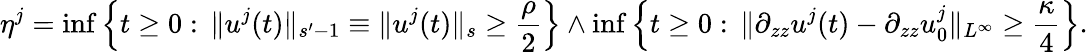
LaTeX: \eta^{j}=\operatorname*{inf}\left\lbrace t\geq 0:\, \| u^{j}(t)\| _{s^{\prime}-1}\equiv\| u^{j}(t)\| _{s}\geq\frac\rho 2\right\rbrace\wedge\operatorname*{inf}\left\lbrace t\geq 0:\, \| \partial_{zz}u^{j}(t)-\partial_{zz}u_{0}^{j}\| _{L^{\infty}}\geq\frac\kappa 4\right\rbrace.